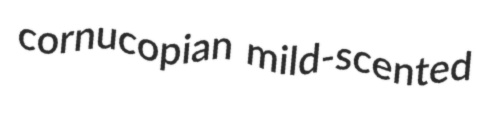
cornucopian mild-scented